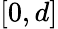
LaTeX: [0,d]